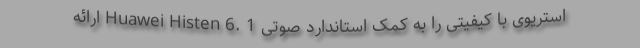
استریوی با کیفیتی را به کمک استاندارد صوتی Huawei Histen 6. 1 ارائه